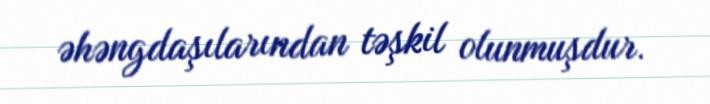
əhəngdaşılarından təşkil olunmuşdur.